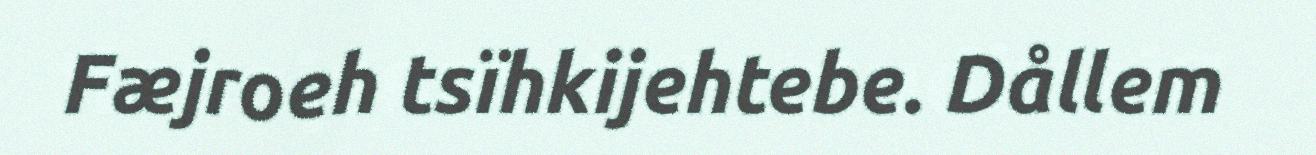
Fæjroeh tsïhkijehtebe. Dållem